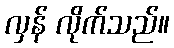
လှန် လိုက်သည်။